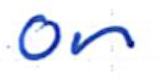
Text: on
Cross-out: clean
Writing tool: ballpoint